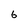
Character: 6